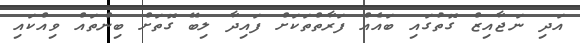
އަދި ނަޖާއިޒް ގޮތުގައި ބައެއް ފަރާތްތަކަށް ފައިދާ ލިބޭ ގޮތަށް ބިންތައް ވިއްކައި